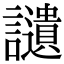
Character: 讉